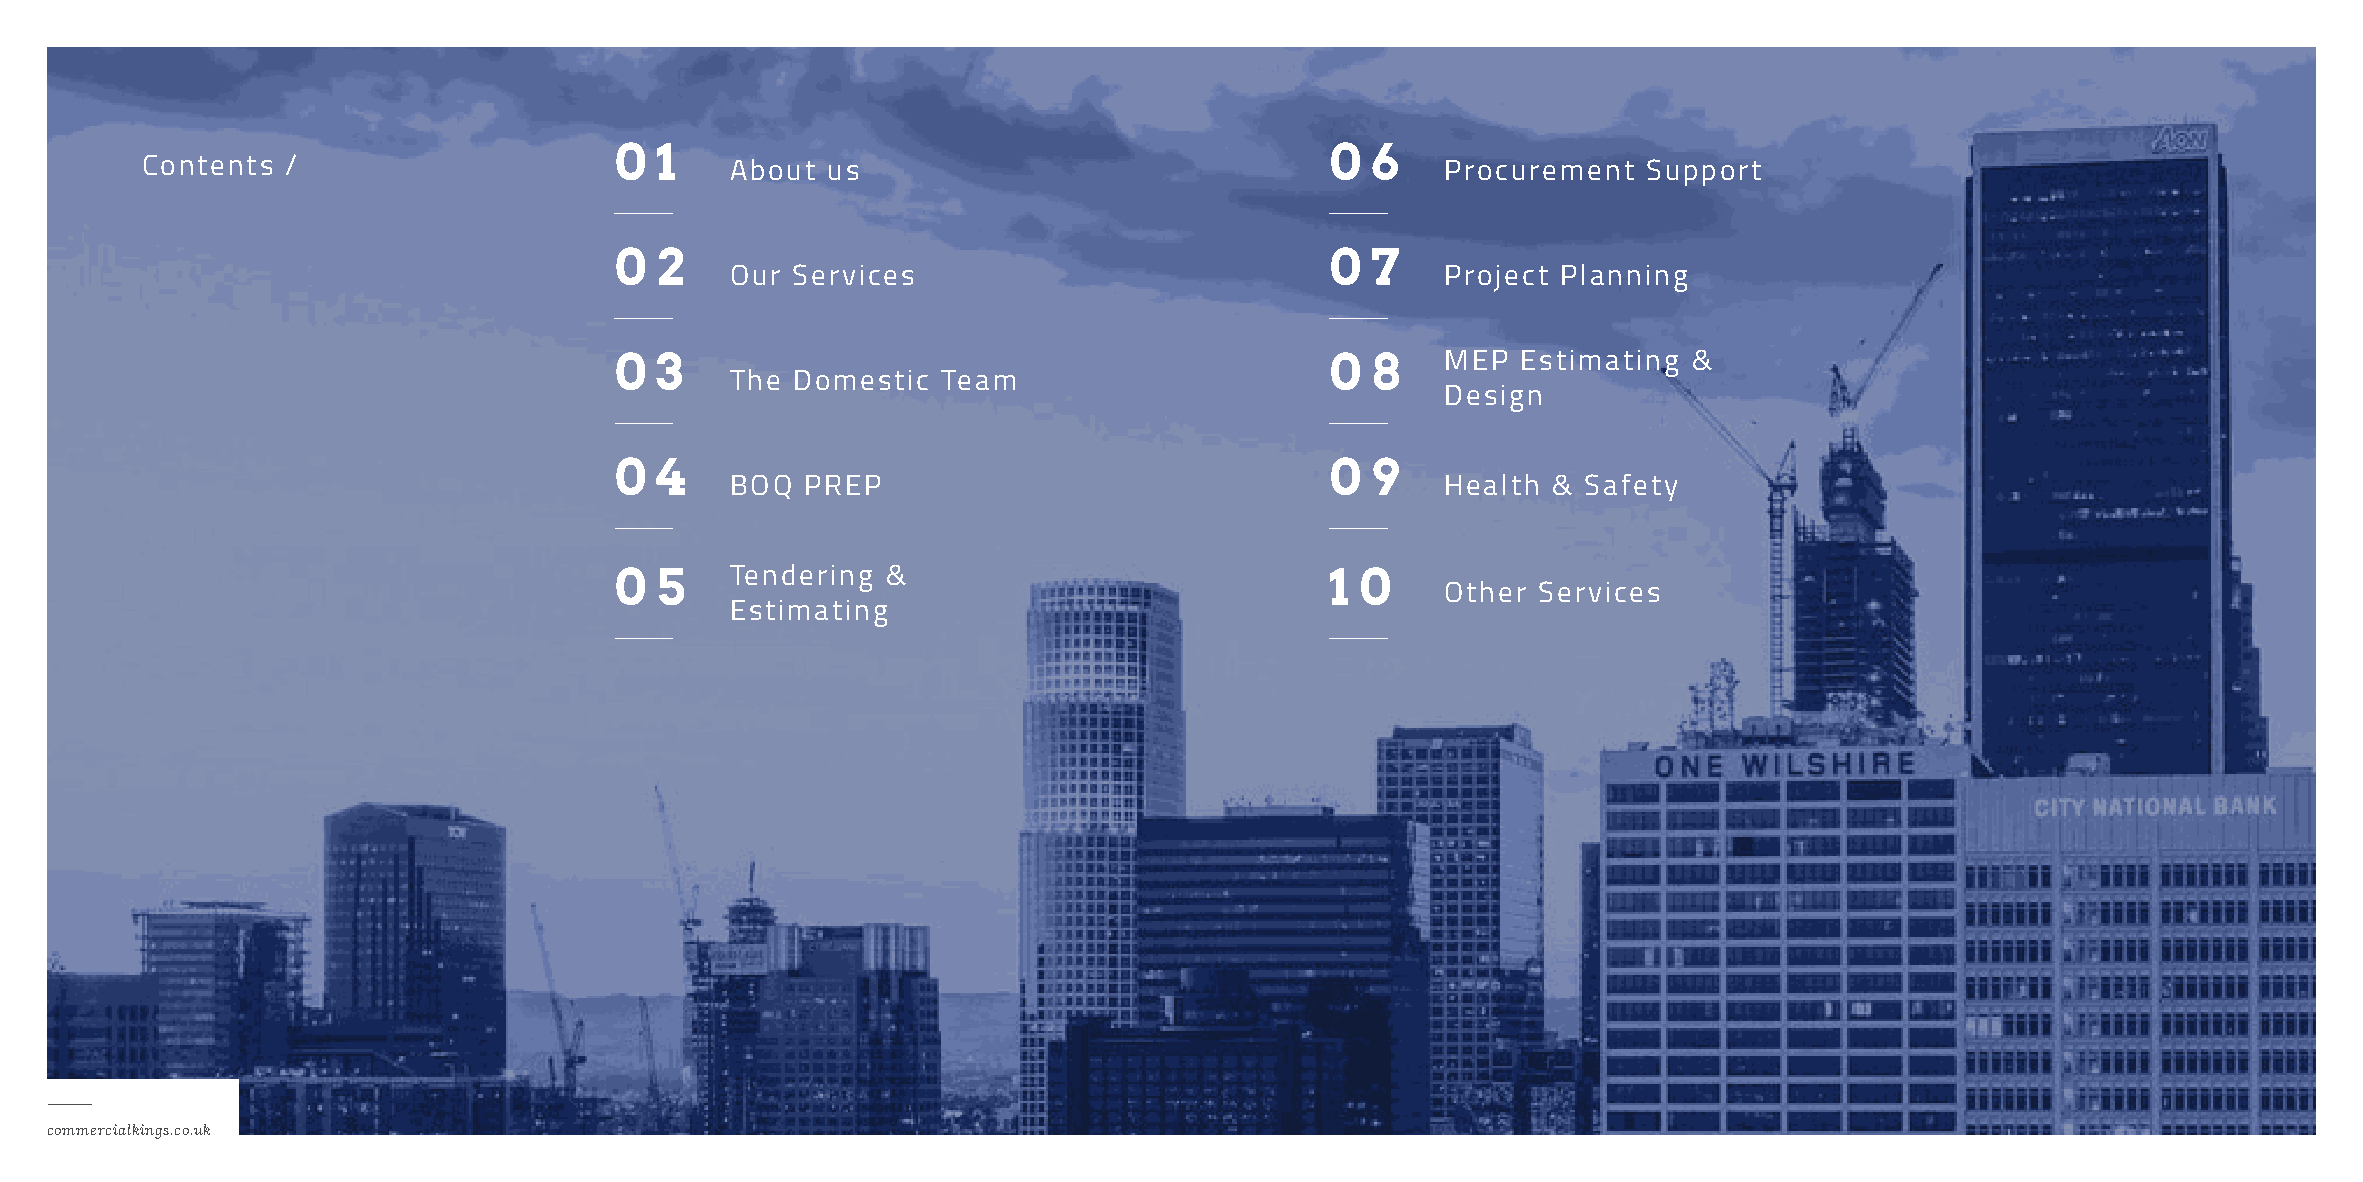
0 1                                            0  6
 Contents  /                            About  us                                       Procurement  Support
 0 2                                            0  7
 Our Services                                    Project Planning
 0 3                                            0  8    MEP  Estimating &
 The  Domestic Team
 Design
 0 4                                            0  9
 BOQ  PREP                                       Health & Safety
 0 5    Tendering  &                            1 0
 Other Services
 Estimating
 commercialkings.co.uk